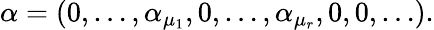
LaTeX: \alpha=(0,\ldots,\alpha_{\mu_{1}},0,\ldots,\alpha_{\mu_{r}},0,0,\ldots).